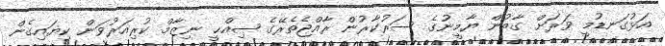
އަޅުގަނޑުމީ ވަރަށް ގާތުން ޔާމީނުގެ ސަރުކާރުން ރާއްޖެތެރޭގެ ޞިއްޙީ ނިޒާމް ކުރިއަރުވަން ކިޔައިގެން